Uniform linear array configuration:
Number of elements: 12
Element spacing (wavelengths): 1
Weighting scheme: exponential
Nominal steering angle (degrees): -15
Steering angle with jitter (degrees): -16.456
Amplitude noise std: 0.05
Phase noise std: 0.05

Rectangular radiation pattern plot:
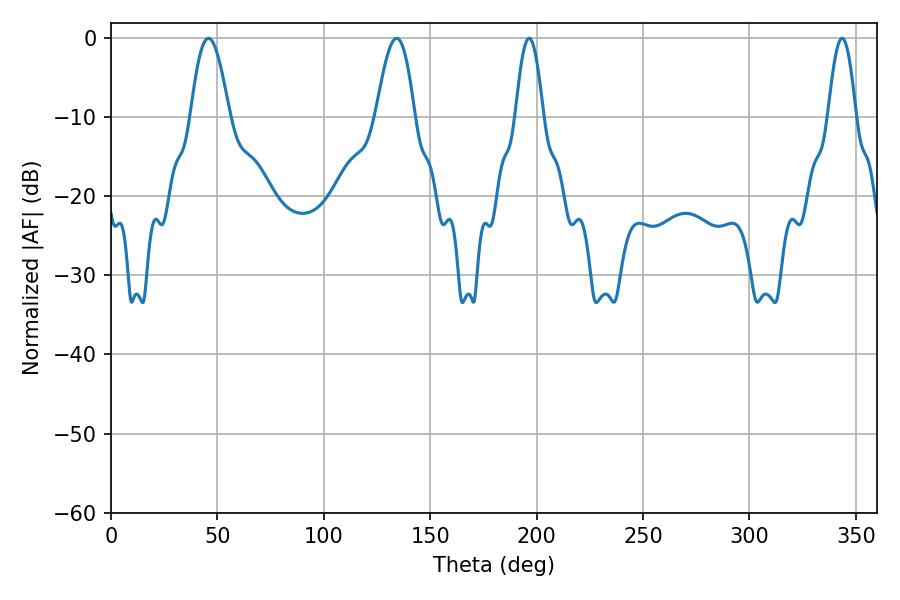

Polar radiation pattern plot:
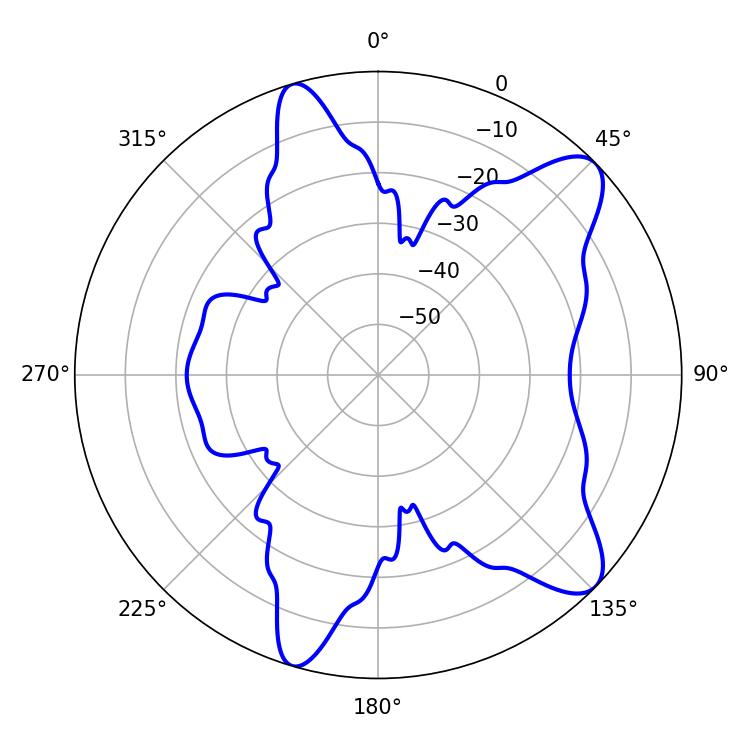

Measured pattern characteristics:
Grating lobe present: TRUE
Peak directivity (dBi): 9.788
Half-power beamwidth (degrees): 9.9
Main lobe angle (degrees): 45.72